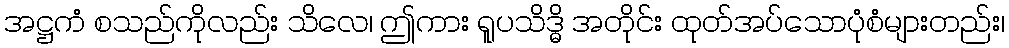
အဋ္ဌကံ စသည်ကိုလည်း သိလေ၊ ဤကား ရူပသိဒ္ဓိ အတိုင်း ထုတ်အပ်သောပုံစံများတည်း၊